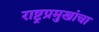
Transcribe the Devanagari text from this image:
राष्ट्रप्रमुखांचा